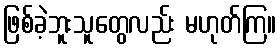
ဖြစ်ခဲ့ဘူးသူတွေလည်း မဟုတ်ကြ။